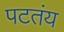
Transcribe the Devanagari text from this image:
पटतंय